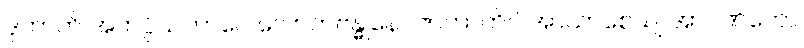
ဒုကာတိ အကပ္ပိယဘာဝေ လောကဗန္ဓုနော ဇာတာတိပိ အာယာစေယျ အာပဏိကော